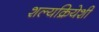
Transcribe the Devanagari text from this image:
शल्यक्रियेशी